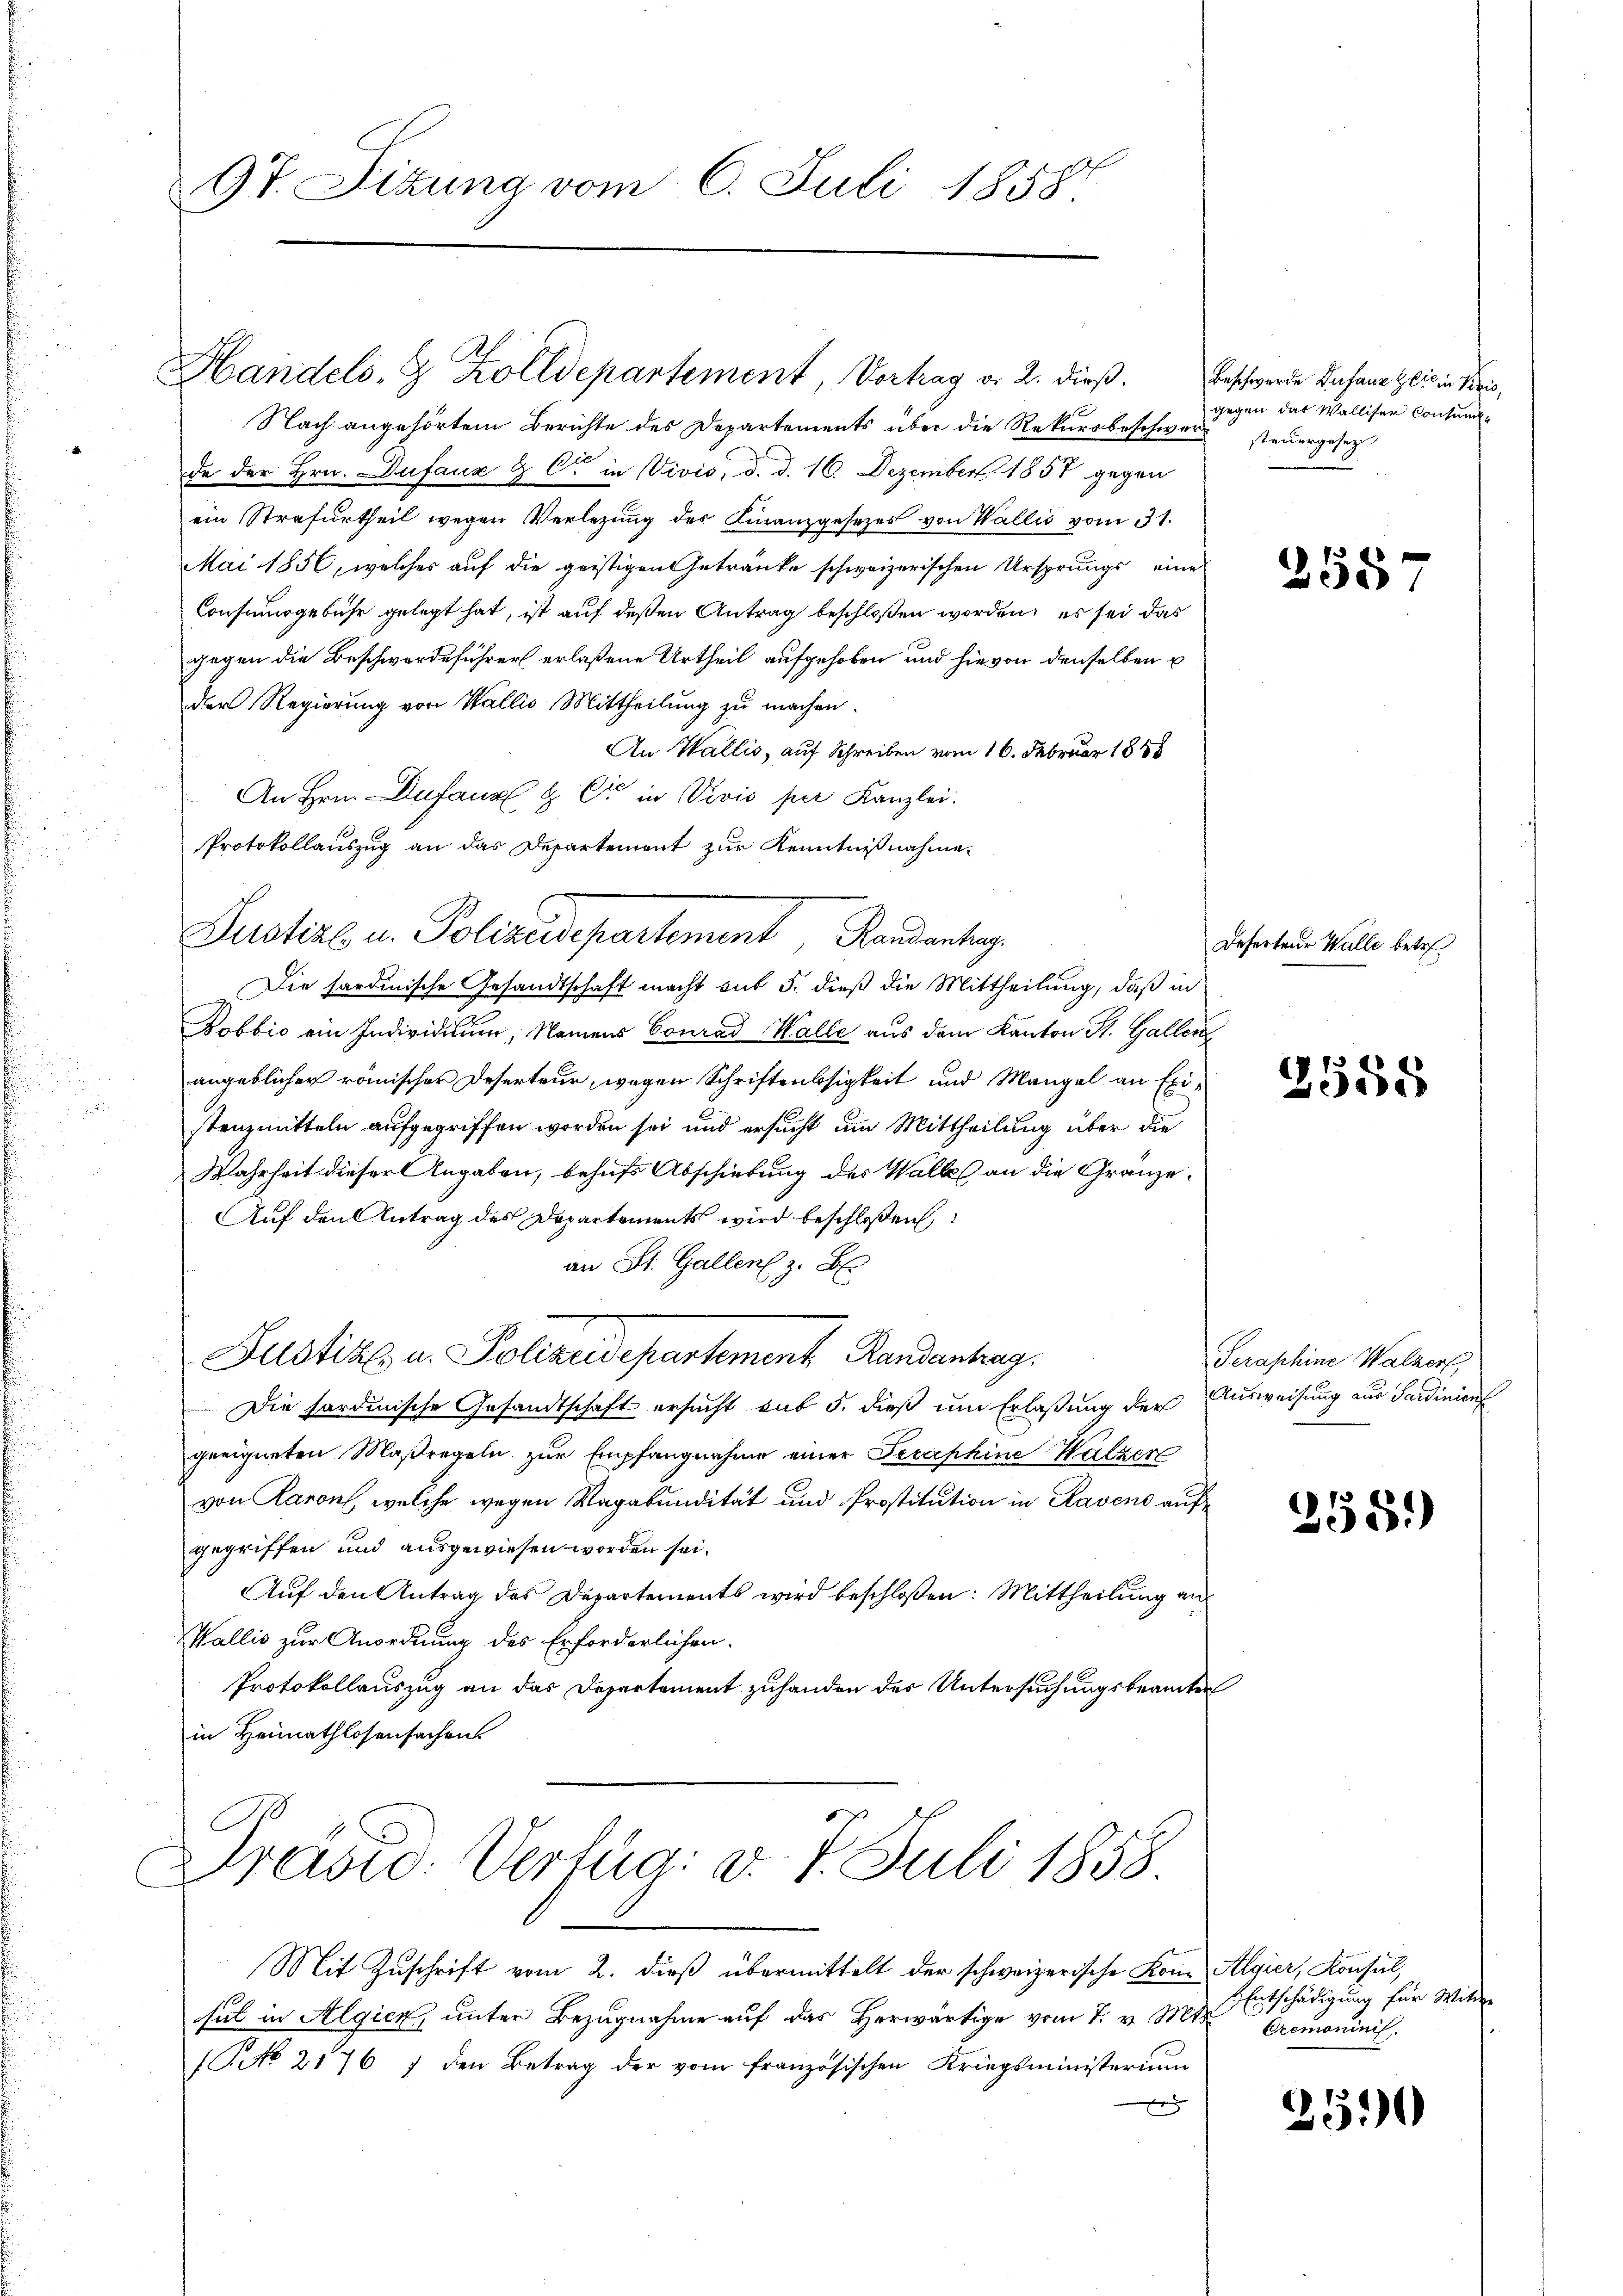
97. Sitzung vom 6. Juli 1858.

Nach angehörtem Berichte des Departements über die Rekursbeschwere steuergesetz
de der Hrn. Dufauz & Cie in Vivis, d. d. 16. Dezember 1857 gegen
ein Strafurtheil wegen Verlegung des Finanzgesetzes von Wallis vom 31.
Mai 1856, welches auf die geistigen Getränke schweizerischen Ursprungs eine
Consumsgebühr gelegt hat, ist auf deßen Antrag beschloßen worden, es sei das
gegen die Beschwerdeführer erlaßene Urtheil aufgehoben und hievon denselben u
der Regierung von Wallis, Mittheilung zu machen.
An Wallis, auf Schreiben vom 16. Februar 1888
An Hrn. Dufauz & Cie in Divis per Kanzlei.
Protokollauszug an das Departement zur Kenntnißnahme¬
Die sardinische Gesandtschaft macht sit 5. dieß die Mittheilung, daß in
m
Bobbić ein Individium, Namens Conrad Halle aus dem Kanton St. Gallen
angeblicher römischer Deserteur, wegen Schriftenbsigkeit und Mangel an Existenzmitteln aufgegriffen worden sei und ersucht am Mittheilung über die
Wahrheit dieser Angaben, behufs Abschiebung des Walkes an die Gränze.
Auf den Antrag des Departements wird beschloßen
an St. Gallen z. B.
g
Justiz, u. Polizeidepartement Randantrag
Die fordinische Gesandtschaft ersucht auf 5. dieß um Erlaßung der Ausweisung aus Sardinienf
geeigneten Maßregeln zur Empfangnahme einer Feraphine Walzen
von Raron, welche wegen Vagabundität und Prostitution in Raven auf
gegriffen und ausgewiesen worden sei.
Auf den Antrag des Departements wird beschloßen: Mittheilung an
Wallis zur Anordnung des Erforderlichen.
Protokollauszug an das Departement zuhanden der Untersuchungsbeamten
in Heimathlosensachen.
Dravid. Vertag: d. 7. Juli 1858.
Mit Zuschrift vom 2. dieß übermittelt der schweizerische Kom Algier, Konsul,
sul in Algien, unter Bezugnahme auf das Herwärtige vom 7. v. Mts. premonini,
(No 21767 den Betrag der vom französischen Kriegsministerium
e

Handels- & Zolldepartement, Vortrag v. 2. dieß.

Justiz u. Polizisepartement, Randertag

Beschwerde Desauszeit in Kris,
gegen das Walliser Consum

258

Deserteur Walle betre

2558

Seraphine Walzer,

2551)

Entschädigung für Witte

251